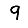
Digit: 9